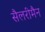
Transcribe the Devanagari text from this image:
सैलरीमैन